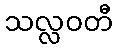
သလ္လဝတီ